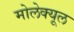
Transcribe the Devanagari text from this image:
मोलेक्यूल